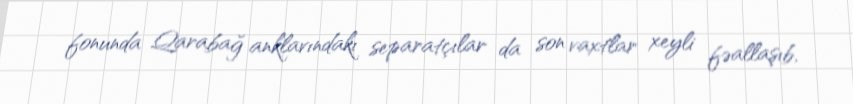
fonunda Qarabağ anklavındakı separatçılar da son vaxtlar xeyli fəallaşıb,